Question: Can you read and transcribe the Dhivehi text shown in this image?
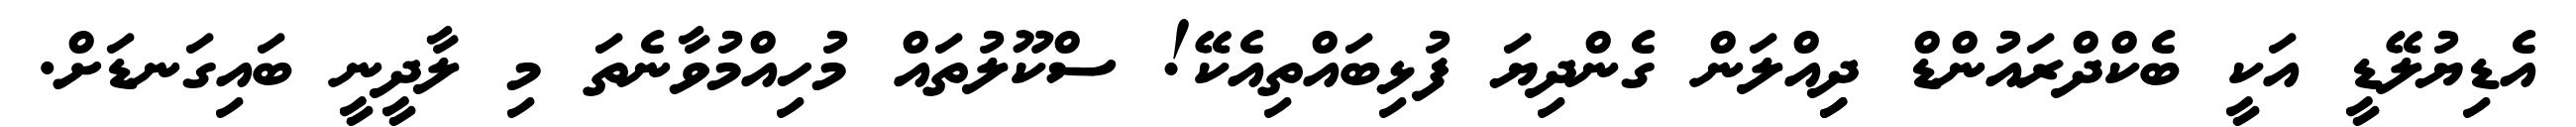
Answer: އެޑިޔުލޭޑީ އަކީ ބެކްދްރައުންޑް ދިިއްލަން ގެންދިޔަ ފުޅިބައްތިއެކޭ! ސްކޫލުތައް މުހިއްމުވާނެތަ މި ލާދީނީ ބައިގަނޑަށް.